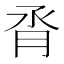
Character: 𪱝